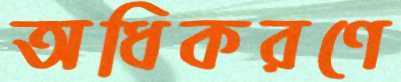
অধিকরণে